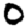
Digit: 0